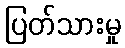
ပြတ်သားမှု